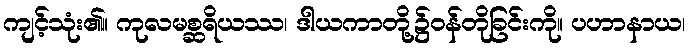
ကျင့်သုံး၏။ ကုလမစ္ဆရိယဿ၊ ဒါယကာတို့၌ဝန်တိုခြင်းကို။ ပဟာနာယ၊